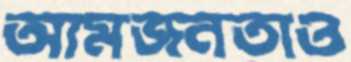
আমজনতাও